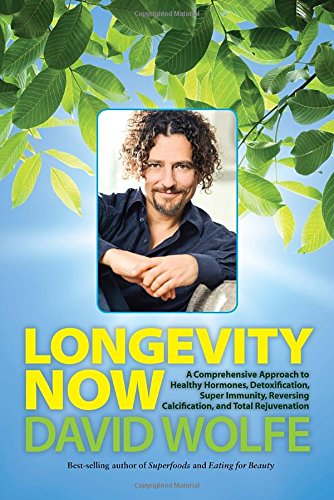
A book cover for Longevity Now: A Comprehensive Approach to Healthy Hormones, Detoxification, Super Immunity, Reversing Calcification, and Total Rejuvenation; David Wolfe; Cookbooks, Food & Wine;